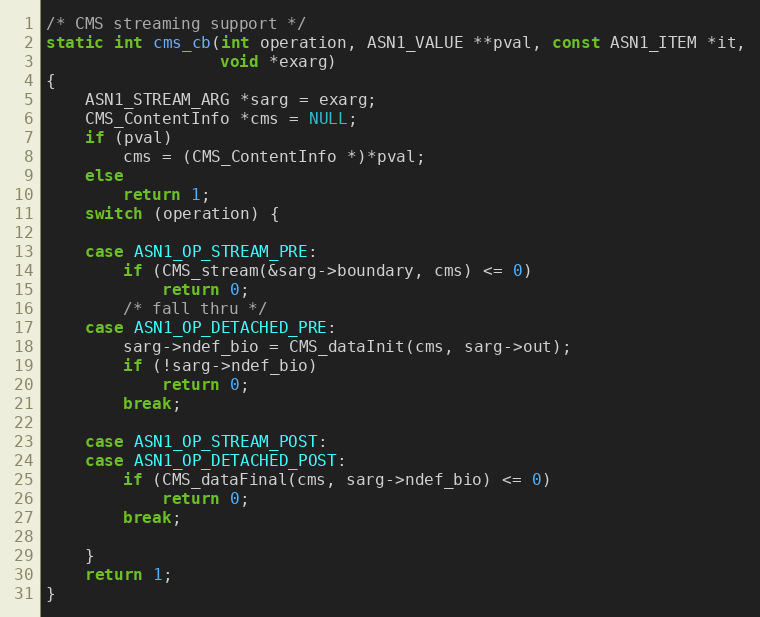
Language: C
/* CMS streaming support */
static int cms_cb(int operation, ASN1_VALUE **pval, const ASN1_ITEM *it,
                  void *exarg)
{
    ASN1_STREAM_ARG *sarg = exarg;
    CMS_ContentInfo *cms = NULL;
    if (pval)
        cms = (CMS_ContentInfo *)*pval;
    else
        return 1;
    switch (operation) {

    case ASN1_OP_STREAM_PRE:
        if (CMS_stream(&sarg->boundary, cms) <= 0)
            return 0;
        /* fall thru */
    case ASN1_OP_DETACHED_PRE:
        sarg->ndef_bio = CMS_dataInit(cms, sarg->out);
        if (!sarg->ndef_bio)
            return 0;
        break;

    case ASN1_OP_STREAM_POST:
    case ASN1_OP_DETACHED_POST:
        if (CMS_dataFinal(cms, sarg->ndef_bio) <= 0)
            return 0;
        break;

    }
    return 1;
}